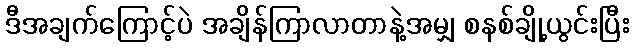
ဒီအချက်ကြောင့်ပဲ အချိန်ကြာလာတာနဲ့အမျှ စနစ်ချို့ယွင်းပြီး